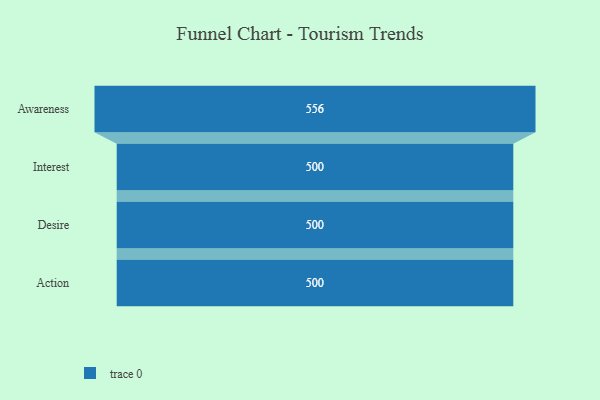
{"axis": {"x": "Stage", "y": "Value"}, "legend": [""], "data": [{"x": "Awareness", "y": 556.0, "type": ""}, {"x": "Interest", "y": 500, "type": ""}, {"x": "Desire", "y": 500, "type": ""}, {"x": "Action", "y": 500, "type": ""}]}